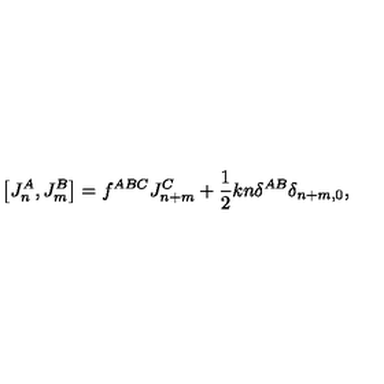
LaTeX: \left[ J _ { n } ^ { A } , J _ { m } ^ { B } \right] = f ^ { A B C } J _ { n + m } ^ { C } + \frac { 1 } { 2 } k n \delta ^ { A B } \delta _ { n + m , 0 } ,